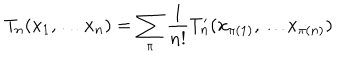
LaTeX: T _ { n } ( x _ { 1 } , \ldots x _ { n } ) = \sum _ { \pi } \frac { 1 } { n ! } T _ { n } ^ { \prime } ( x _ { \pi ( 1 ) } , \ldots x _ { \pi ( n ) } )